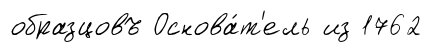
образцовъ Основа́т'ель из 1762